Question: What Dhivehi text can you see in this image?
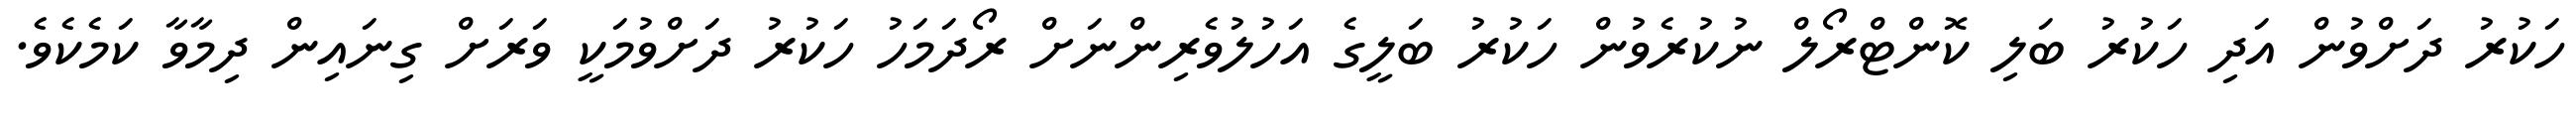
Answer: ހަކުރު ދަށްވުން އަދި ހަކުރު ބަލި ކޮންޓްރޯލް ނުކުރެވުން ހަކުރު ބަލީގެ އަހުލުވެރިންނަށް ރޯދަމަހު ހަކުރު ދަށްވުމަކީ ވަރަށް ގިނައިން ދިމާވާ ކަމެކެވެ.